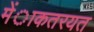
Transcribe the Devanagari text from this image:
मेंाकतरयत